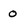
Character: 0